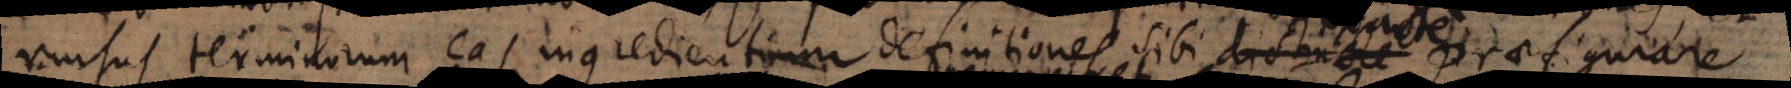
rursus terminorum eas ingredientium definitiones sibi distincte praefigura